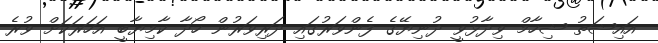
އައިޝަތު ޝިހާމް ވިދާޅުވީ ދުނިޔޭގެ ފެންވަރުގައި ދަރިވަރުން ހޯދާ ކާމިޔާބީ އަހަރަކަށް ވުރެ